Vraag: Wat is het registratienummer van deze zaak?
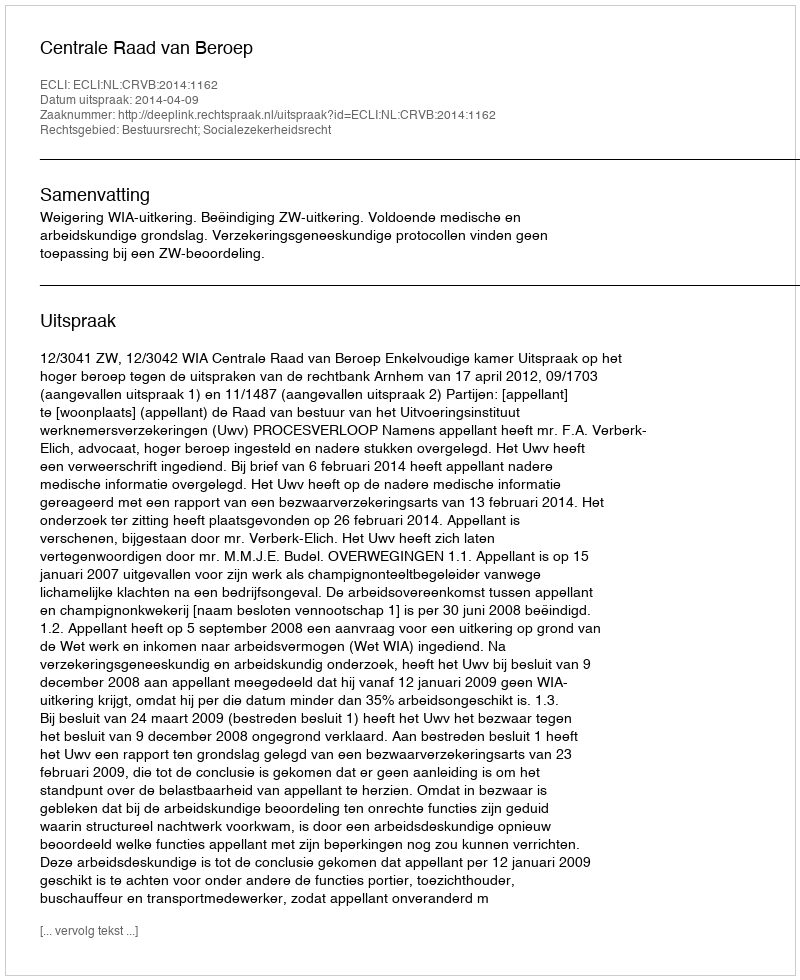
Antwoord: http://deeplink.rechtspraak.nl/uitspraak?id=ECLI:NL:CRVB:2014:1162